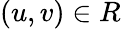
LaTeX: (u,v)\in R